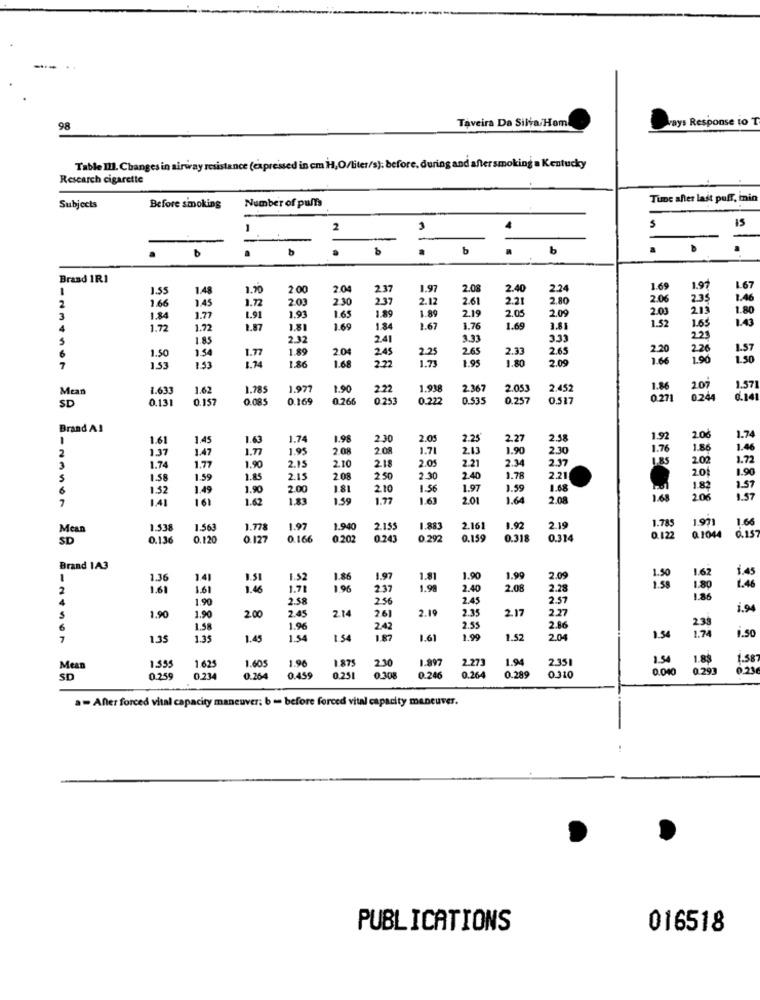
Taveira Da Silva/Hom
vays Response to T
98
Table Ill. Changes in airway resistance (expressed in cm H,O/liter/s): before, during and after smoking a Kentucky
Research cigarette
Tune after last puff, inin
Subjects
Before smoking
Number of puffs
2
15
b
b
.
.
Brand 1R1
1.55
1.48
1.20
2.00
2.04
237
1.97
2.08
2.40
2.24
1.69
1.99
1.67
2.03
230
2.37
2.12
2.61
2.21
2.80
2.06
2.35
1.46
2
1.66
1.45
1.72
1.65
1.89
1.89
2.19
2.05
2.09
2.03
213
1.80
3
1.84
1.77
1.91
1.93
1.52
1.65
1.43
1.72
1.72
.87
1.81
1.69
1.84
1.67
1.76
1.69
3.81
1.85
2.32
2.41
3.33
3.33
223
16
1.54
1.89
2.04
2.45
2.25
2.65
2.33
2.65
2.20
226
1.57
1.50
1.77
1.86
1.68
1.73
1.95
1.80
2.09
1.66
1.90
1.50
7
1.53
1.53
1.74
2.22
Mean
1.633
1.62
1.785
1.977
1.90
2.22
1.938
2.36
2.053
2.452
1.86
201
1.57
SD
0.131
0.157
0.085
0.169
0266
0.253
0.222
0.535
0.25
0.517
0.271
0.24
d.141
Brand Al
1.74
1.61
1.45
1.63
1.74
1.98
2.30
2.05
2.25
2.27
2.58
1.92
2.06
1.37
1.47
1.7
1.95
2.08
2 08
1.71
2.13
1.90
2.30
1.76
1.86
1.46
2
2.05
2.21
2.34
2.37
1.85
2.02
1.72
3
1.74
1.77
1.90
2.15
2.10
2.18
1.90
S
1.58
1.59
1.85
2.15
2 08
2.50
2.30
2.40
1.78
2.21
1.52
1.49
1.90
2.00
181
210
1.56
1.97
1.59
1.68
1.82
1.57
1.41
161
1.62
1.83
1.39
1.77
16
2.01
1.64
2.08
1.60
206
1.57
1.971
1.66
Mean
1.538
1.56
1.778
1.97
1.940
2.155
1.883
2.161
1.92
2.19
1.785
0.157
SD
0.13€
2.120
0.127
0.166
0 202
0.243
.292
,159
0.318
0.314
0.122
Q 1044
Brand 1A3
1.62
1.45
1.36
141
1.51
1.52
1.86
1.97
1.81
1.90
1.99
2.0
1.58
1.46
2
1.61
1.61
1.46
1.71
1.96
237
1.99
2.40
2.08
2.28
1.80
1.90
2.58
2.56
2.45
2.57
1.86
1.90
2.45
2.14
2.1
2.35
2.17
2.27
1.94
1.90
2.00
2.61
2.86
238
1.58
1.96
2.42
2.55
1.50
170
1.50
1.35
1.35
1.4
15
1 54
1.87
1.61
1.99
1.52
2.04
1.96
2.30
1.897
2.273
1.94
2.351
1.54
1.83
1.58
Mean
1.35
1.625
1.605
1.875
3.040
0.293
223
SD
0.25
0.23
0.264
0.45
3251
0.308
0.246
0.264
0.289
0.310
a- After forced vital capacity maneuver: b == before forced vital capacity maneuver.
PUBLICATIONS
016518